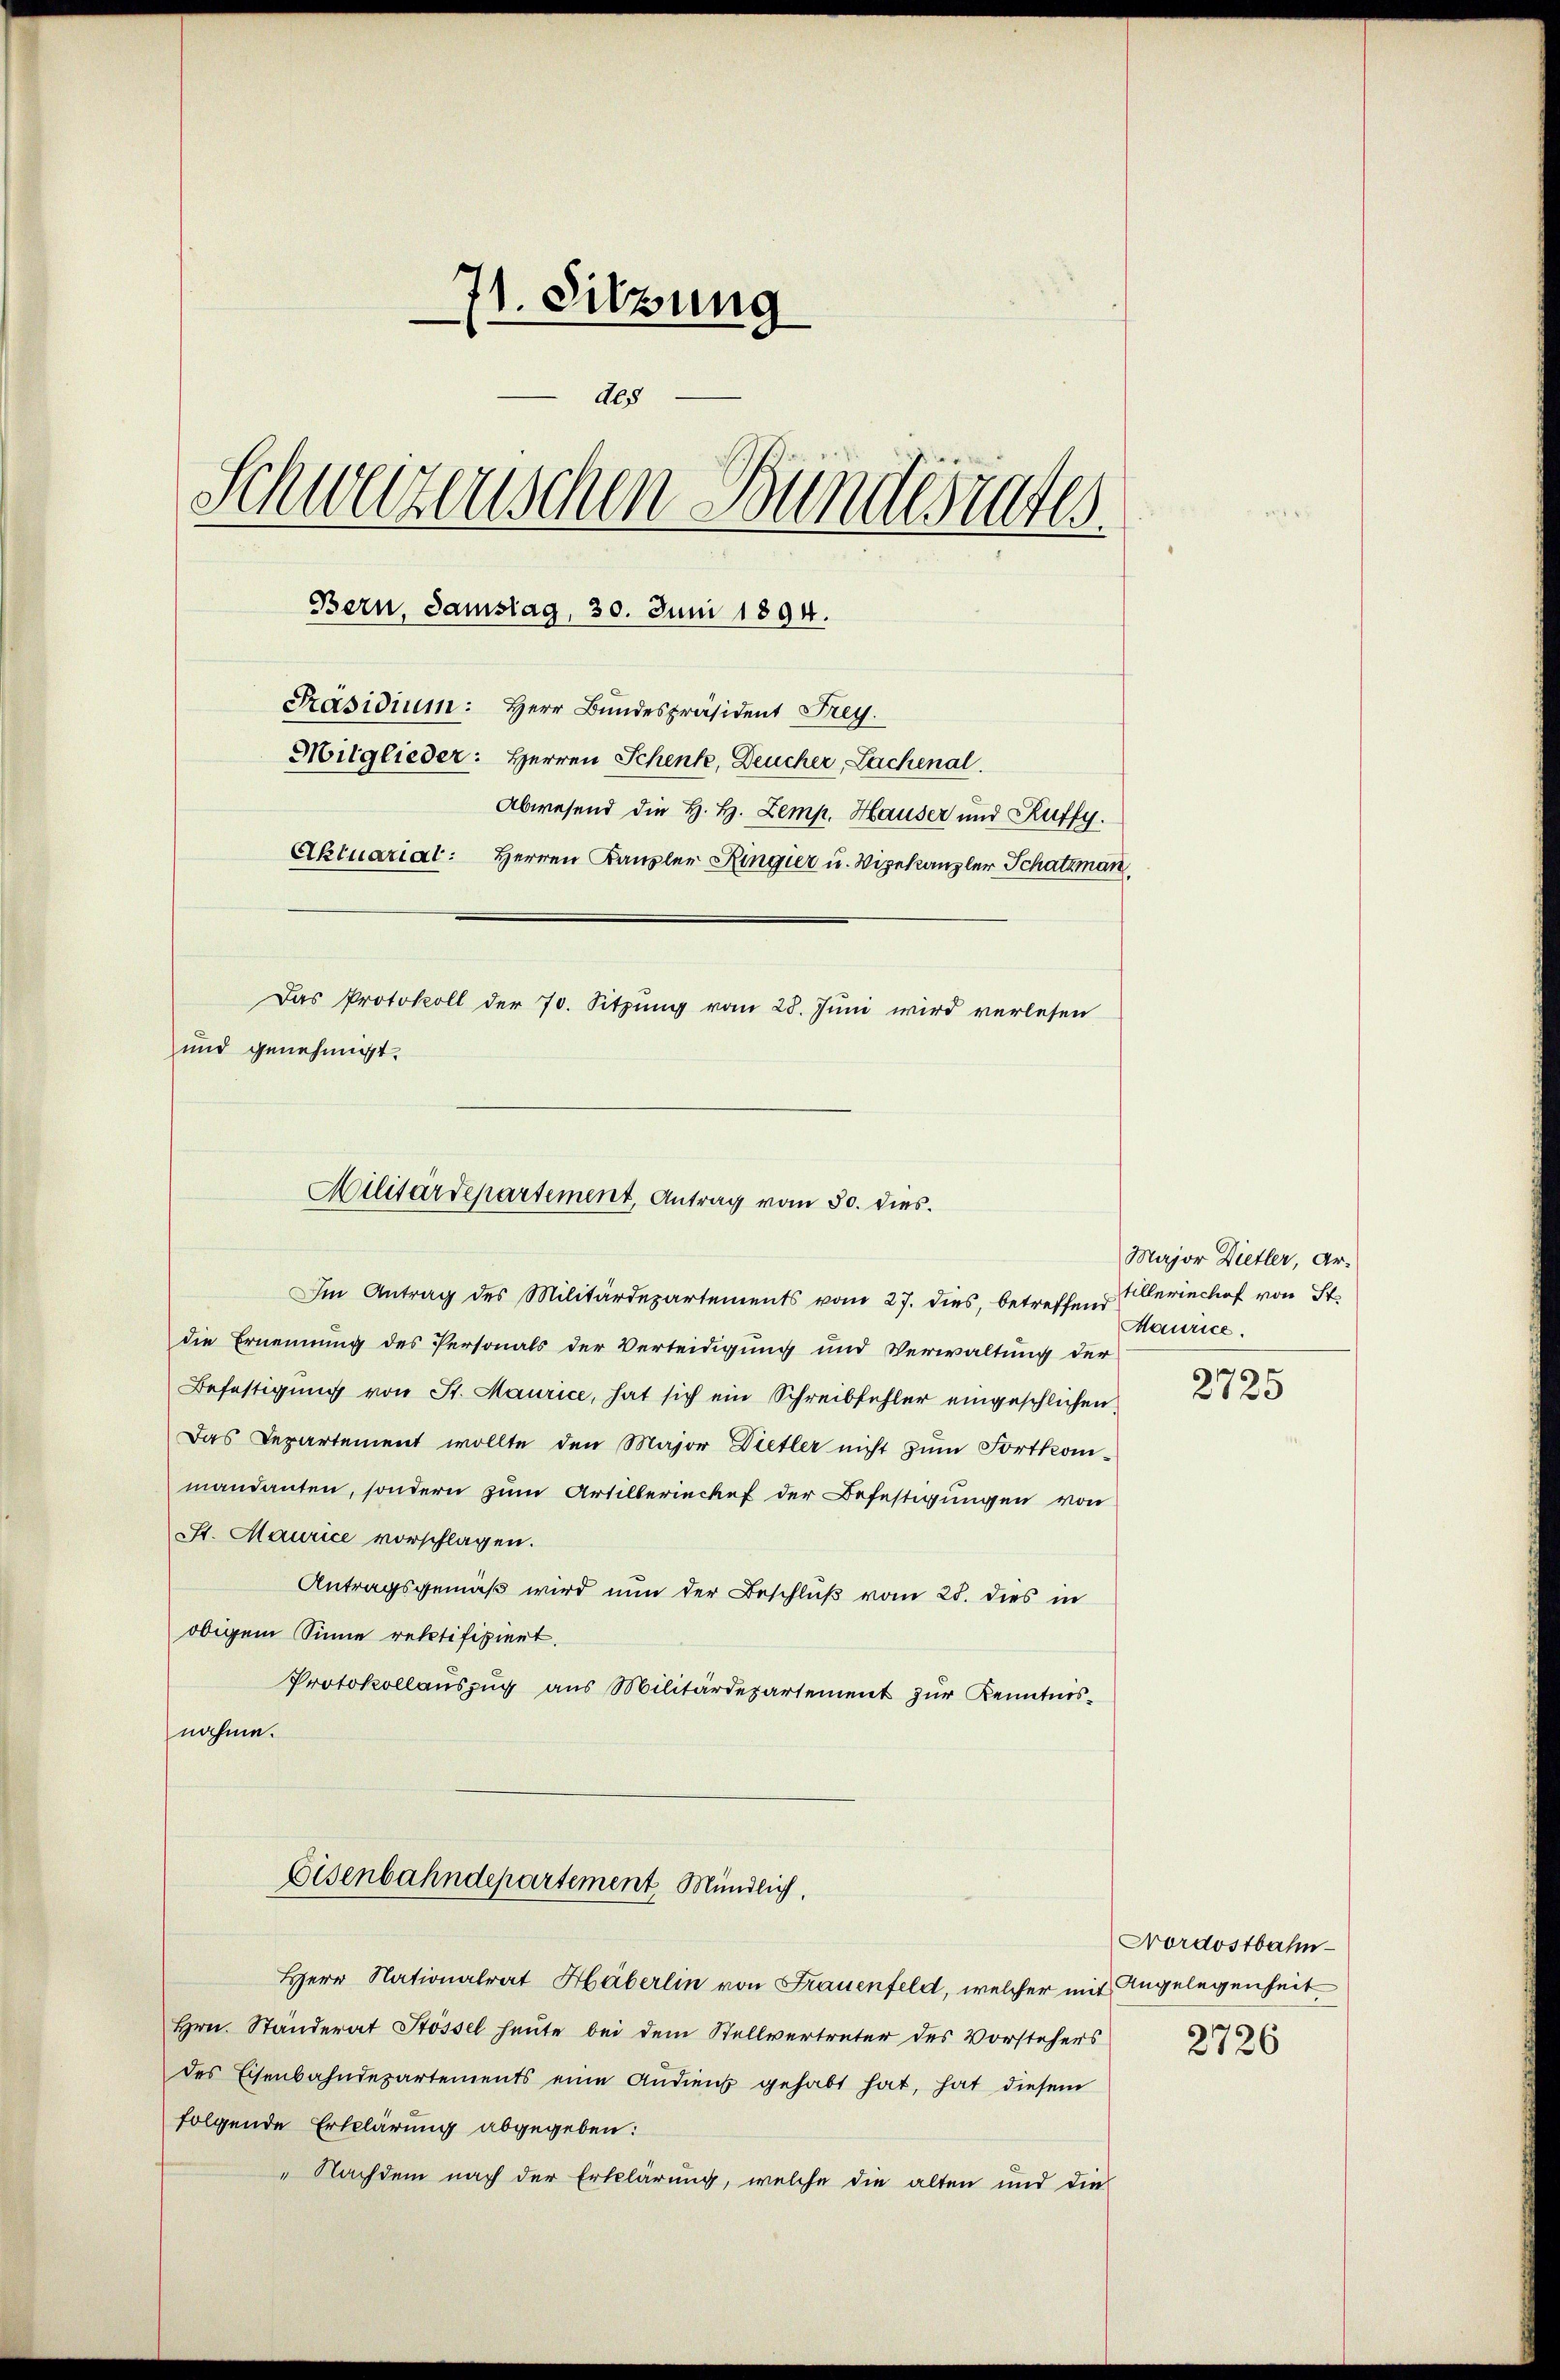
71. Sitzung
des
Schwerzenschen Bundesrates
Bern, Samstag, 30. Juni 1894.
Präsidium: Herr Bundespräsident Frey.
Mitglieder: Herren Schenk, Deucher, Lachenal.
Abwesend die H. H. Zemp. Hauser und Ruffy.
Aktuarial: Herren Kanzler Ringier u. Vizekanzler Schatzman
Das Protokoll der 70. Sitzung vom 28. Juni wird verlesen
und genehmigt.

Militärdepartement, Antrag vom 30. dies

Im Antrag des Militärdepartements vom 27. dies, betreffend Allerischof von St.
die Ernennung des Personals der Verteidigung und Verwaltung der
Befestigung von St. Maurice, hat sich ein Schreibfehler eingeschlichen,
Das Departement wollte den Major Dietler nicht zum Fortkommandanten, sondern zum Artillerincke der Befestigungen von
St. Maurice vorschlagen.
Antragsgemäß wird nun der Beschluß vom 25. dies in
obigem Sinne rektifiziert.
Protokollauszug aus Militärdepartement zur Kenntnisnahme.
Eisenbahndepartement, Mündlich
Herr Nationalrat Häberlin von Frauenfeld, welcher mit Angelegenheit
Hrn. Ständerat Stössel heute bei dem Stellvertreter des Vorstehers
des Eisenbahndepartements eine Audienst gehabt hat, hat diesem
folgende Erklärung abgegeben:
" Nachdem nach der Erklärung, welche die alten und die

Major Dietler, Ar¬
Maurice.

2725

Nordostbahn
2726